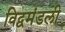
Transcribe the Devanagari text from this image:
विद्वमंडली